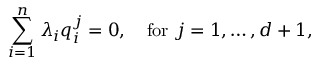
\sum _ { i = 1 } ^ { n } \lambda _ { i } q _ { i } ^ { j } = 0 , \quad \mathrm { f o r } \ j = 1 , \dots , d + 1 ,